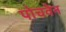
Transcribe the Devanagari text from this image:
पोचवेन